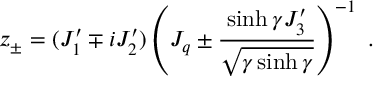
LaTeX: z _ { \pm } = ( J _ { 1 } ^ { \prime } \mp i J _ { 2 } ^ { \prime } ) \left( J _ { q } \pm \displaystyle \frac { \sinh \gamma J _ { 3 } ^ { \prime } } { \sqrt { \gamma \sinh \gamma } } \right) ^ { - 1 } ~ .